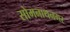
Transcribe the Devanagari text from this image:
सोमनाथनगर